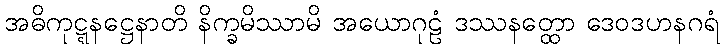
အဓိကုဋ္ဋနဋ္ဌေနာတိ နိက္ခမိဿာမိ အယောဂုဠံ ဒဿနတ္ထော ဒေဝဒဟနဂရံ